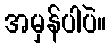
အမှန်ပါပဲ။